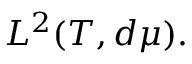
L ^ { 2 } ( T , d \mu ) .